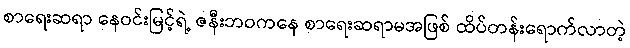
စာရေးဆရာ နေဝင်းမြင့်ရဲ့ ဇနီးဘဝကနေ စာရေးဆရာမအဖြစ် ထိပ်တန်းရောက်လာတဲ့